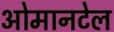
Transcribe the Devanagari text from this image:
ओमानटेल